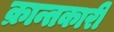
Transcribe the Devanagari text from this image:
क्रान्तकारी